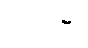
ဥက္ခိပိမှာ